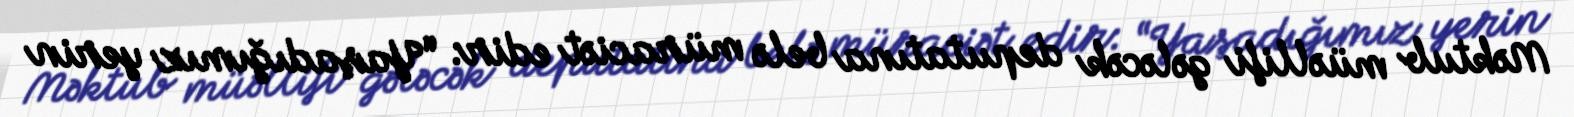
Məktub müəllifi gələcək deputatına belə müraciət edir: “Yaşadığımız yerin